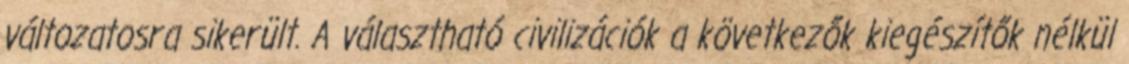
változatosra sikerült. A választható civilizációk a következők kiegészítők nélkül